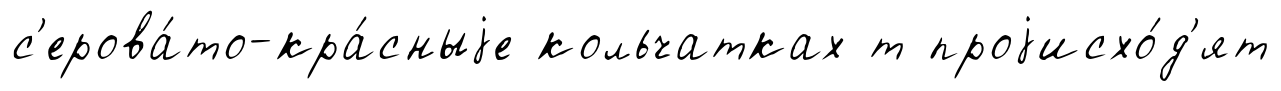
с'ерова́то-кра́сныjе кольчатках т проjисхо́д'ят